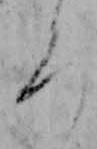
ろ